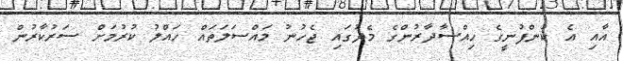
އާއި އެ ކުންފުނީގެ ހިއްސާދާރުންގެ މެދުގައި ޖެހުނު މައްސަލަތައް ހައްލު ކުރުމަށް ސަރުކާރުން